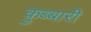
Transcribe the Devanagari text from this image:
क़ुब्बारी